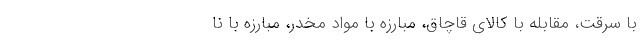
با سرقت، مقابله با کالای قاچاق، مبارزه با مواد مخدر، مبارزه با نا